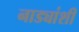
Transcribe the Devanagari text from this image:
नाड्यांशी